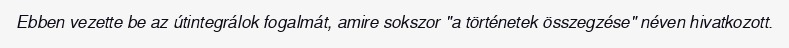
Ebben vezette be az útintegrálok fogalmát, amire sokszor "a történetek összegzése" néven hivatkozott.